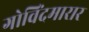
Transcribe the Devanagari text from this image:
गोविंदमारार